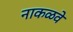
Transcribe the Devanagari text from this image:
नाकळवे